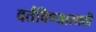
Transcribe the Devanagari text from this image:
वर्तविण्यासाठी